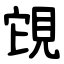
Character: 䙾